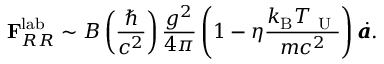
{ \bf F } _ { R R } ^ { \mathrm { l a b } } \sim { \cal B } \left( \frac { \hbar } { c ^ { 2 } } \right) \frac { g ^ { 2 } } { 4 \pi } \left( 1 - \eta \frac { k _ { \mathrm { B } } T _ { \mathrm { ~ U ~ } } } { m c ^ { 2 } } \right) \mathbfit { \dot { a } } .